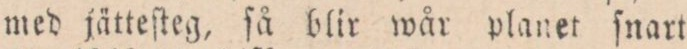
med jätteſteg, ſå blir wår planet ſnart